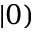
| 0 )